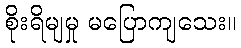
စိုးရိမျမှု မပြောကျသေး။